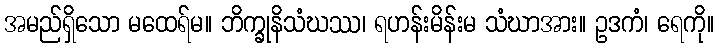
အမည်ရှိသော မထေရ်မ။ ဘိက္ခုနိသံဃဿ၊ ရဟန်းမိန်းမ သံဃာအား။ ဥဒကံ၊ ရေကို။